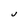
Character: J